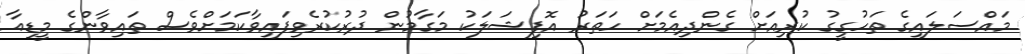
މައްސަލައިގެ ތަހުގީގު ކުރިއަށް ގެންދިއެމަށް ހަތަރު އޮފިޝަލަކު މަގާމުން ދުރުކުރެވިފައިވާކަމަށްވެސް ތައިވާންގެ މީޑިއާ